Source: Handwritten
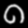
Digit: ၈ (8)